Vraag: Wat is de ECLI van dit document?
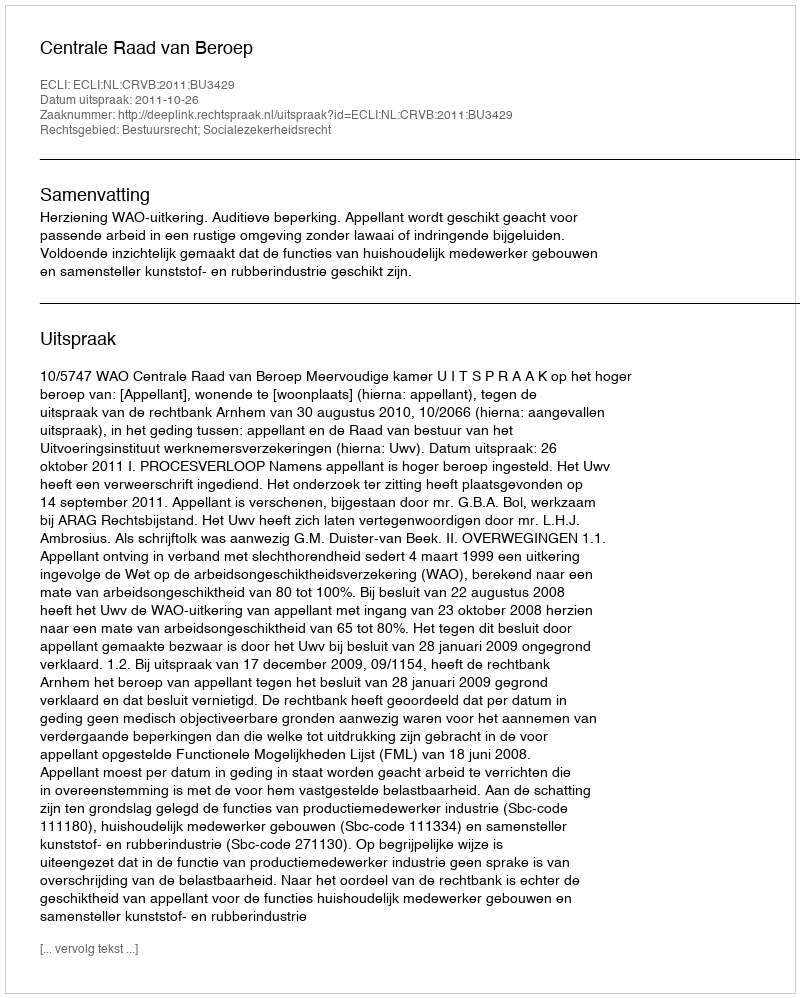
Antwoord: ECLI:NL:CRVB:2011:BU3429